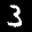
Label: 3